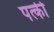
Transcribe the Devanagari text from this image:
पत्‍की